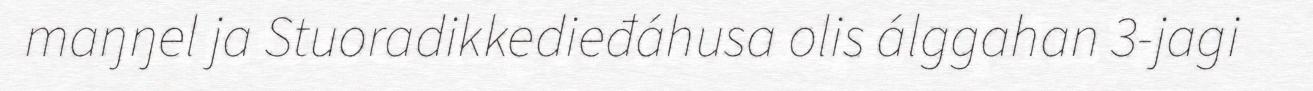
maŋŋel ja Stuoradikkedieđáhusa olis álggahan 3-jagi